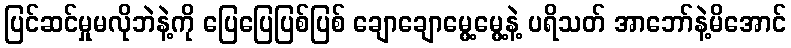
ပြင်ဆင်မှုမလိုဘဲနဲ့ကို ပြေပြေပြစ်ပြစ် ချောချောမွေ့မွေ့နဲ့ ပရိသတ် အာဘော်နဲ့မိအောင်